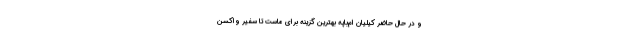
و در حال حاضر کیلیان ام‌باپه بهترین گزینه برای ماست تا سفیر واکسن